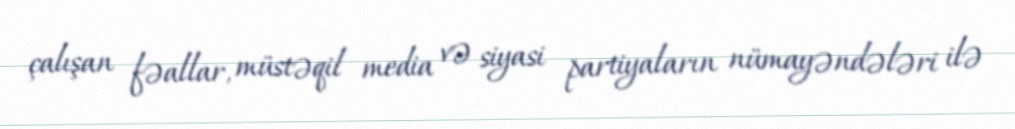
çalışan fəallar, müstəqil media və siyasi partiyaların nümayəndələri ilə